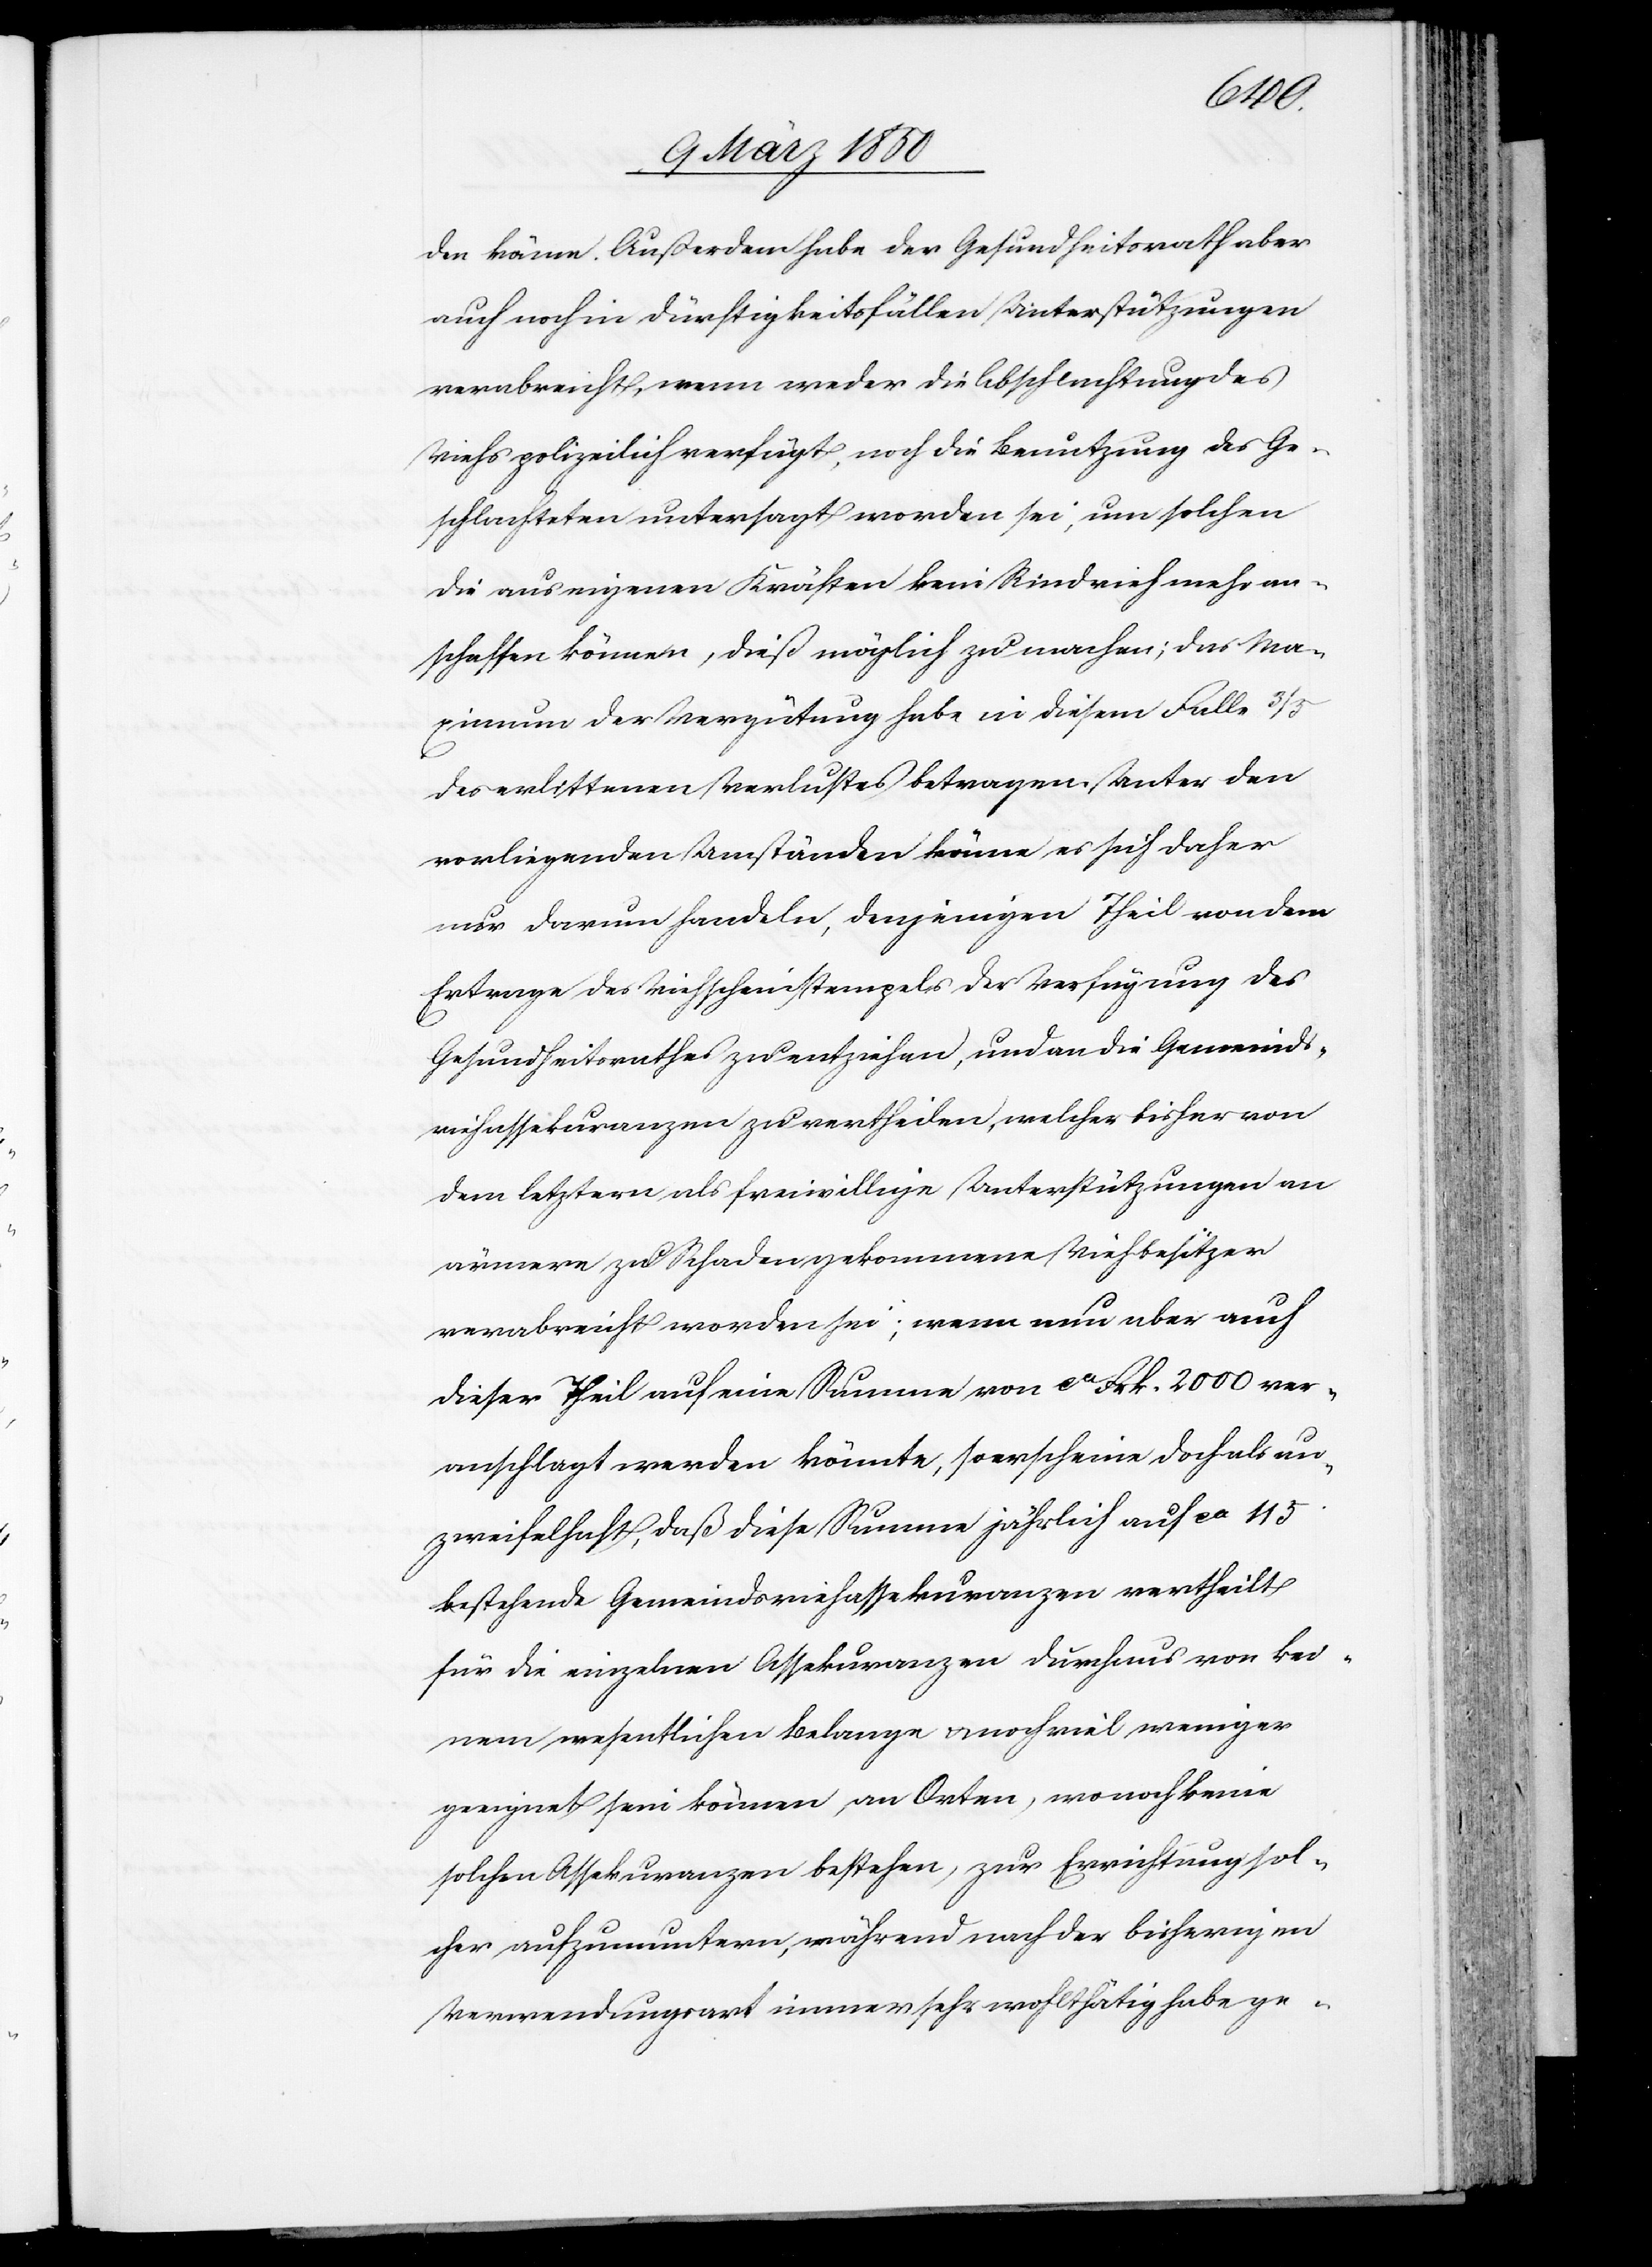
den könne. Außerdem habe der Gesundheitsrath aber
auch noch in Dürftigkeitsfällen Unterstützungen
verabreicht, wenn weder die Abschlachtung des
Viehs polizeilich verfügt, noch die Benutzung des Ge¬
schlachteten untersagt worden sei, um solchen
die aus eigenen Kräften kein Rindvieh mehr an¬
schaffen könne, dieß möglich zu machen; das Ma¬
ximum der Vergütung habe in diesem Falle 3/5
des erlittenen Verlustes betragen. Unter den
vorliegenden Umständen könne es sich daher
nur darum handeln, denjenigen Theil von dem
Ertrage des Viehscheinstempels der Verfügung des
Gesundheitsrathes zu entziehen, und an die Gemeinds¬
viehassekuranzen zu vertheilen, welcher bisher von
dem letztern als freiwillige Unterstützungen an
ärmere zu Schaden gekommene Viehbesitzer
verabreicht worden sei; wenn nun aber auch
dieser Theil auf eine Summe von ca Frk. 2000 ver¬
anschlagt werden könnte, so erscheine doch als un¬
zweifelhaft, daß diese Summe jährlich auf ca 115
bestehende Gemeindsviehassekuranzen vertheilt
für die einzelnen Assekuranzen durchaus von kei¬
nem wesentlichen Belange u. noch viel weniger
geeignet sein können, an Orten, wo noch keine
solchen Assekuranzen bestehen, zur Errichtung sol¬
cher aufzumuntern, während nach der bisherigen
Verwendungsart immer sehr wohlthätig habe ge-